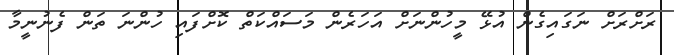
ރަށްރަށް ނަގައިގެން އުޅޭ މީހުންނަށް އަހަރެން މަސައްކަތް ކޮށްފައި ހުންނަ ތަން ފެނުނީމާ